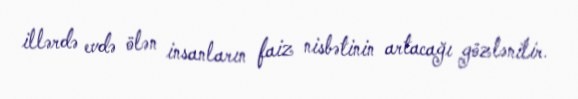
illərdə evdə ölən insanların faiz nisbətinin artacağı gözlənilir.